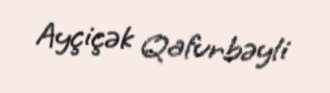
Ayçiçək Qafurbəyli